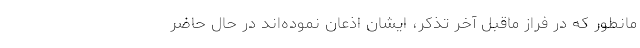
مانطور كه در فراز ماقبل آخر تذكر، ايشان اذعان نموده‌اند در حال حاضر